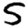
Digit: 5